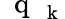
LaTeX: \mathrm{~\mathbf~q~}_{\mathrm{~\mathbf~k~}}